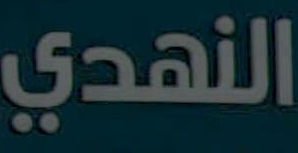
النهدي